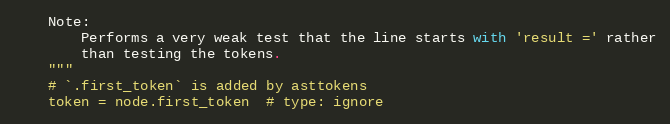
Language: Python
    Note:
        Performs a very weak test that the line starts with 'result =' rather
        than testing the tokens.
    """
    # `.first_token` is added by asttokens
    token = node.first_token  # type: ignore